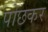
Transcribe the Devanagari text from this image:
पोछकर